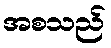
အစသည်